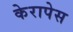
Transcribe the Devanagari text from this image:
केरापेस